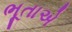
ભૂતાએ